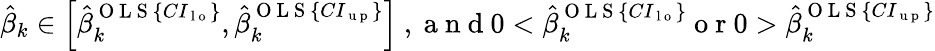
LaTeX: \begin{array}{r}{\hat{\beta}_{k}\in\left[\hat{\beta}_{k}^{\mathrm{~O~L~S~}\{ CI_{\mathrm{~l~o~}}\} },\hat{\beta}_{k}^{\mathrm{~O~L~S~}\{ CI_{\mathrm{~u~p~}}\} }\right]\mathrm{~,~a~n~d~}0<\hat{\beta}_{k}^{\mathrm{~O~L~S~}\{ CI_{\mathrm{~l~o~}}\} }\mathrm{~o~r~}0>\hat{\beta}_{k}^{\mathrm{~O~L~S~}\{ CI_{\mathrm{~u~p~}}\} }}\end{array}